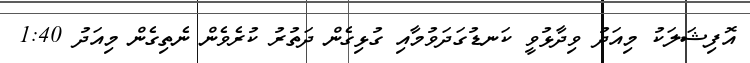
އޮފިޝަލަކު މިއަދު ވިދާޅުވީ ކަނޑުގަދަވުމާއި ގުޅިގެން ދަތުރު ކުރެވެން ނެތިގެން މިއަދު 1:40